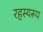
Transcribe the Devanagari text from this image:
रहस्यरूप